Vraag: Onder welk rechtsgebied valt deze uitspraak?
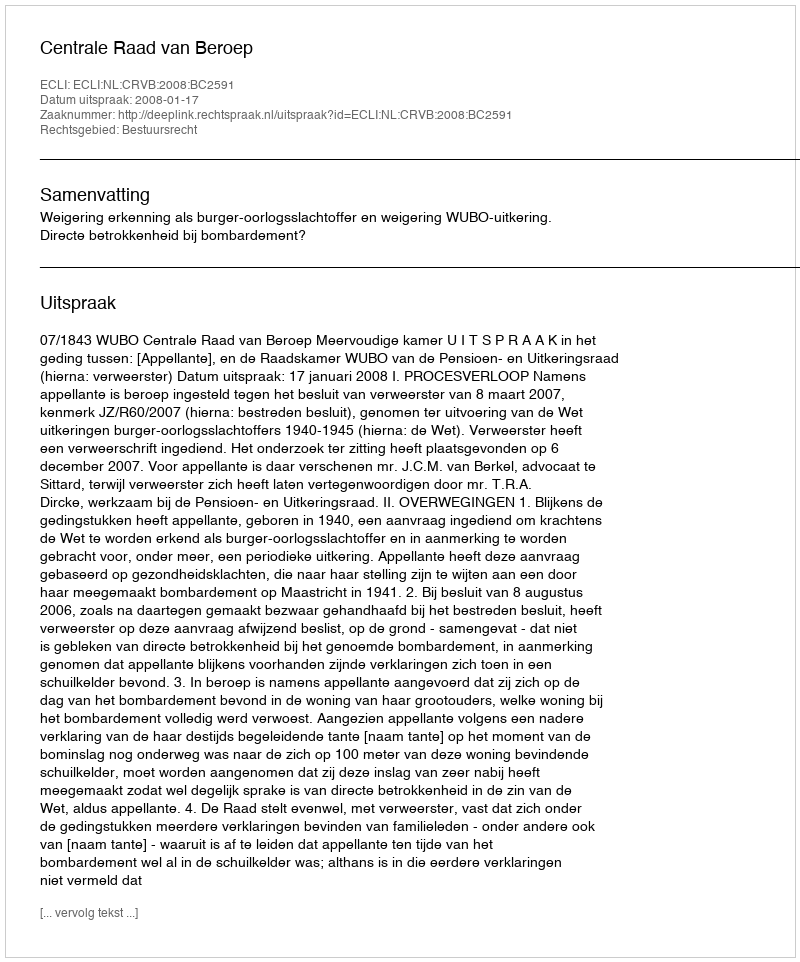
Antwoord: Bestuursrecht